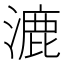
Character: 漉